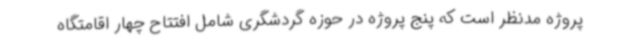
پروژه مدنظر است که پنج پروژه در حوزه گردشگری شامل افتتاح چهار اقامتگاه